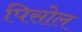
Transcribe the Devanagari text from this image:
पिसोल